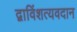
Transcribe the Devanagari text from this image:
द्वाविंशत्यवदान